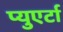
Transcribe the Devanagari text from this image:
प्युएर्टा